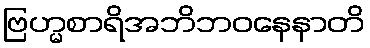
ဗြဟ္မစာရိအဘိဘဝနေနာတိ